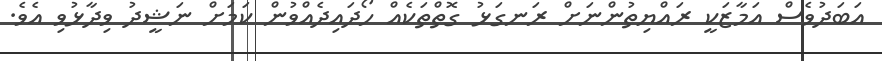
އަބަދުވެސް އަމާޒަކީ ރައްޔިތުންނަށް ރަނގަޅު ގޮތްތަކެއް ހޯދައިދެއްވުން ކަމަށް ނަޝީދު ވިދާޅުވި އެވެ.